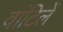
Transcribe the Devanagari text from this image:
वांटिलें